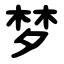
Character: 梦